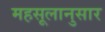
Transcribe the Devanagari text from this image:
महसूलानुसार